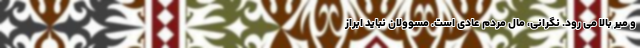
و میر بالا می رود. نگرانی، مال مردم عادی است. مسوولان نباید ابراز